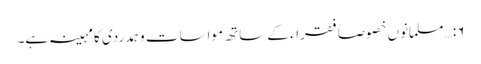
۶:… مسلمانوں خصوصاً فقراء کے ساتھ مواسات وہمدردی کا مہینہ ہے۔